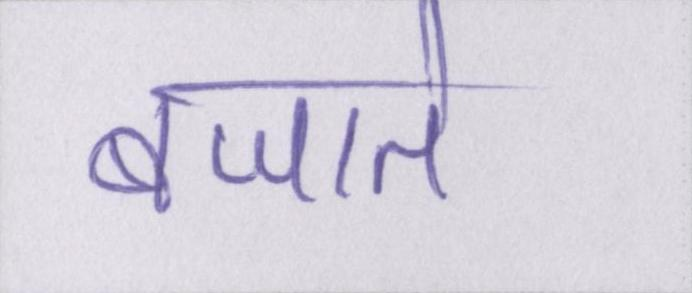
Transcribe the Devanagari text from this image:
बजाते